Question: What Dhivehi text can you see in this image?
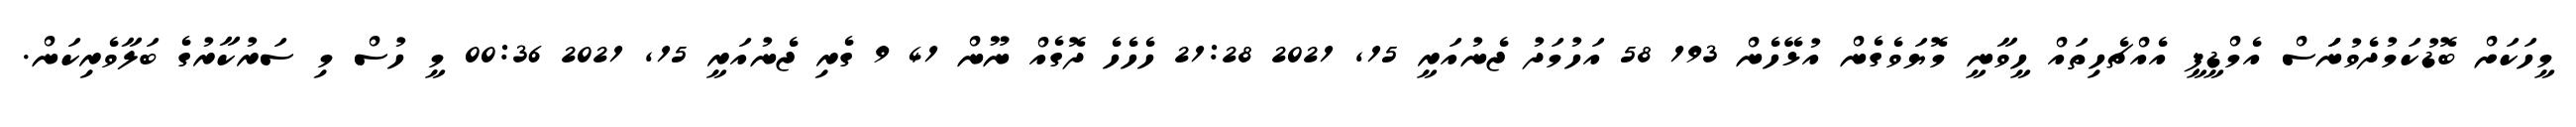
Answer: މީހަކަށް ބޮޑުކަމުދެވުނަަަސް އެމްޑީޕީ އެއްޗެހިތައް ހީވާނީ މޮޔަވެގެން އުޅޭހެން 193 58 އަހުމަދު ޖެނުއަރީ 15, 2021 21:28 ހެހެހެ ދޮގެއް ނޫން 41 9 ގެރި ޖެނުއަރީ 15, 2021 00:36 މީ ހުސް މި ސަރުކާރުގެ ބަލާވެރިކަން.